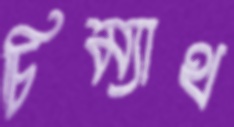
চিম্যাথ